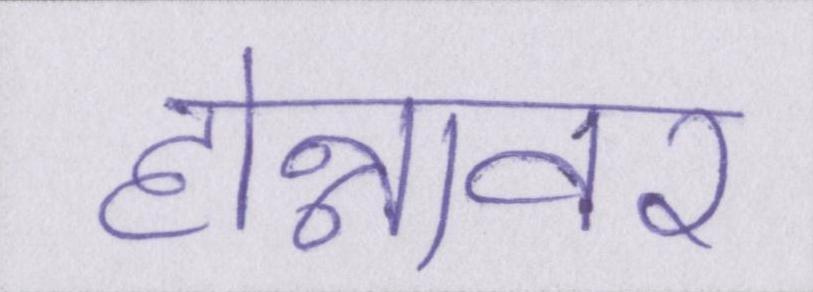
होन्नावर